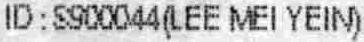
ID : S900044(LEE MEI YEIN)